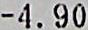
-4.90